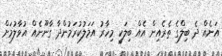
އަނެއް ދެ ބިލްގެ ތެރެއިން އެއް ބިލަކީ މިހާރު އަމަލުކުރަމުންދާ ގާނޫނެއް އުވާލުމަށް